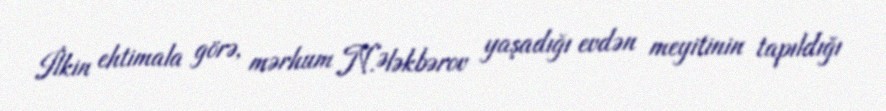
İlkin ehtimala görə, mərhum N.Ələkbərov yaşadığı evdən meyitinin tapıldığı